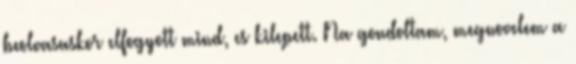
beolvasaskor elfogyott mind, es kilepett. Na gondoltam, megnovelem a